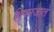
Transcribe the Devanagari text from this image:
विषमजात